Civil Veterinary Dept. Bombay admin report 1893-99 - 1893-1899
Year: 1893
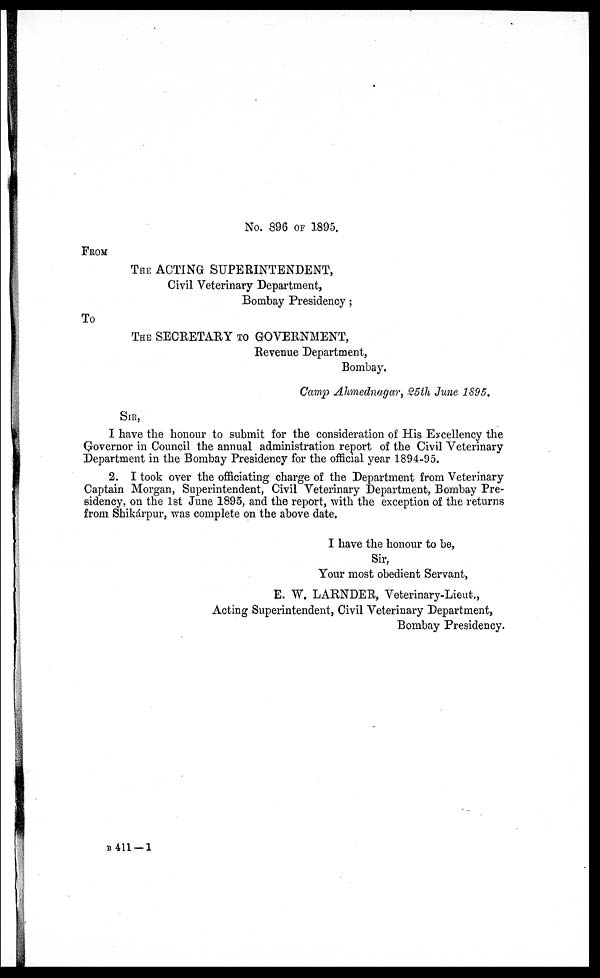
No. 896 OF 1895.
FROM
THE ACTING SUPERINTENDENT,
Civil Veterinary Department,
Bombay Presidency;
To
THE SECRETARY TO GOVERNMENT,
Revenue Department,
Bombay.
Camp Ahmednagar, 25th June 1895.
SIR,
I have the honour to submit for the consideration of His Excellency the
Governor in Council the annual administration report of the Civil Veterinary
Department in the Bombay Presidency for the official year 1894-95.
2. I took over the officiating charge of the Department from Veterinary
Captain Morgan, Superintendent, Civil Veterinary Department, Bombay Pre-
sidency, on the 1st June 1895, and the report, with the exception of the returns
from Shikárpur, was complete on the above date.
I have the honour to be,
Sir,
Your most obedient Servant,
E. W. LARNDER, Veterinary-Lieut.,
Acting Superintendent, Civil Veterinary Department,
Bombay Presidency.
B 411-1